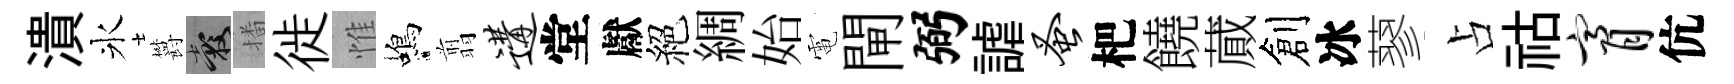
潰氷欝穀播徙惟蝎翦遘堂獻絕綢始電閘弼謔蚤杷饒蕆創冰蓼占祜膏伉